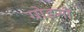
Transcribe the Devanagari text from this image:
ग्रोडनो